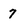
Character: 7